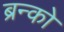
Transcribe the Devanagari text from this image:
ब्रन्को